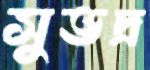
সুভদ্র